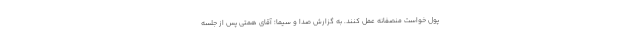
پول خواست منصفانه عمل کنند. به گزارش صدا و سیما؛ آقای همتی پس از جلسه